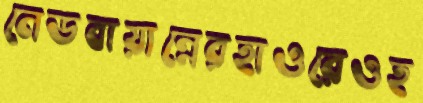
নেডবায়ান্নেরহাওরেওহ